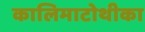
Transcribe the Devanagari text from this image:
कालिमाटोथीका